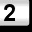
Digit: 2